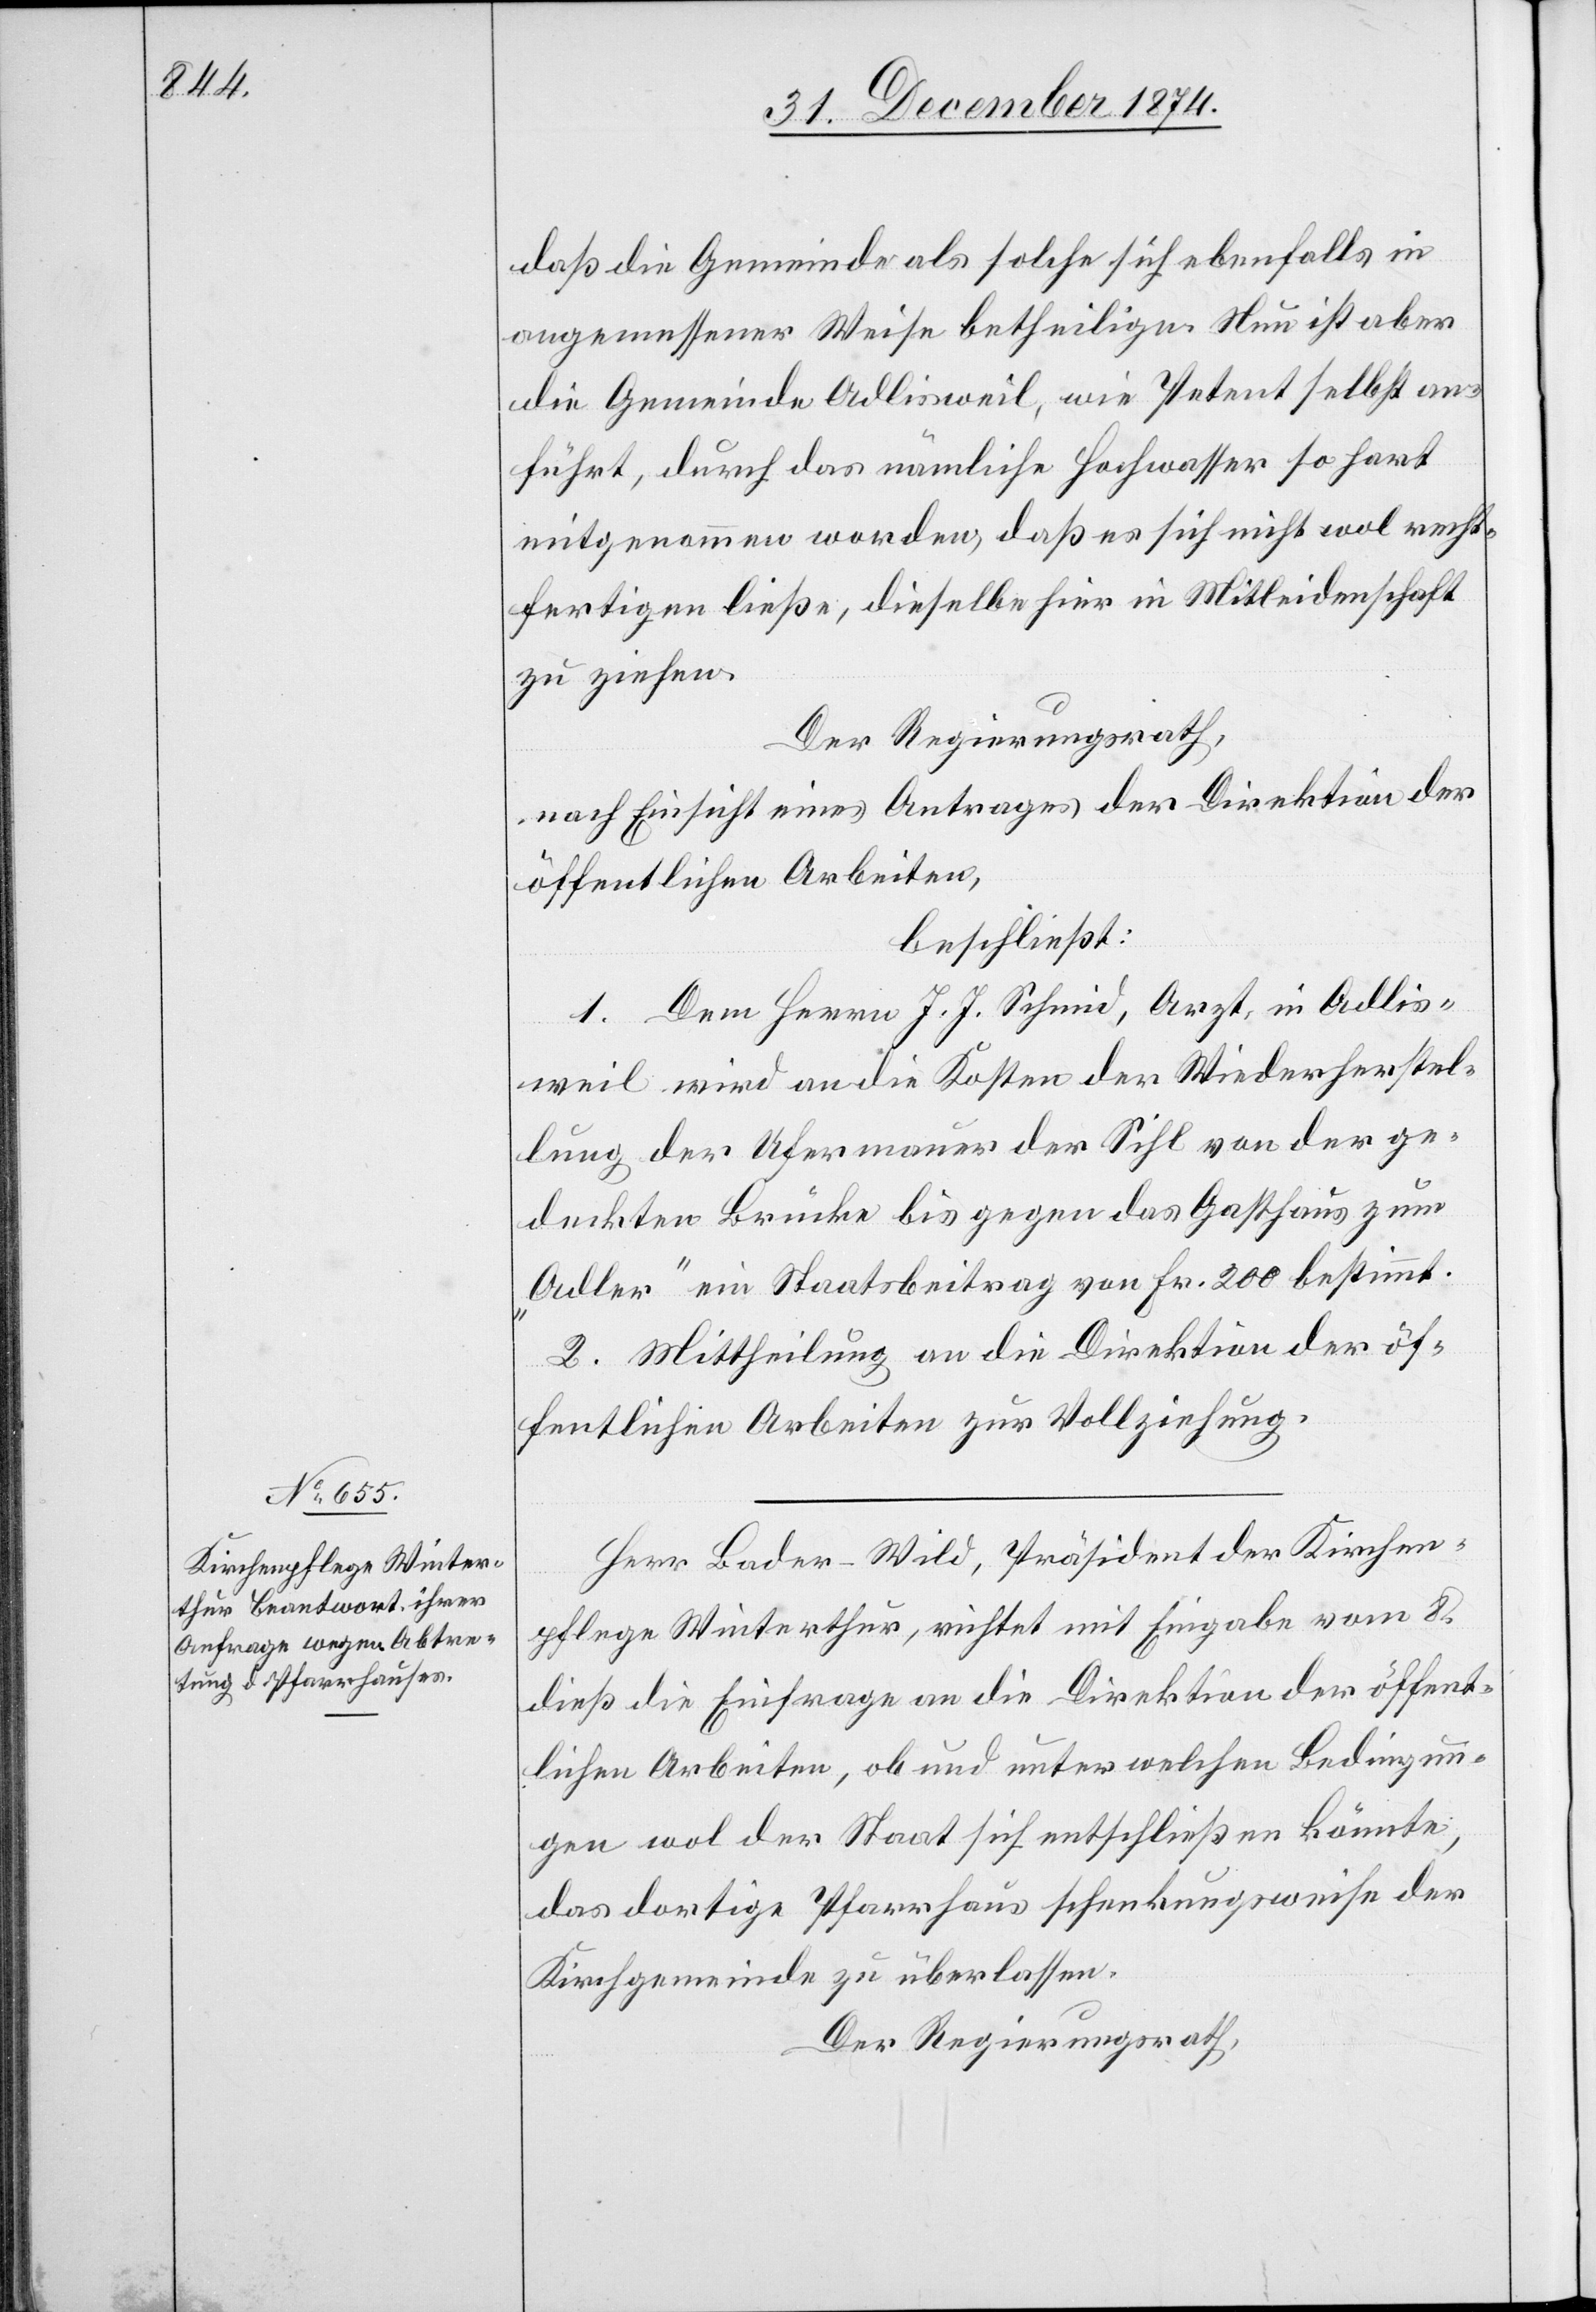
daß die Gemeinde als solche sich ebenfalls in
angemessener Weise betheilige. Nun ist aber
die Gemeinde Adlisweil, wie Petent selbst an¬
führt, durch das nämliche Hochwasser so hart
mitgenommen worden, daß es sich nicht wol recht¬
fertigen ließe, dieselbe hiefür in Mitleidenschaft
zu ziehen.
Der Regierungsrath,
nach Einsicht eines Antrages der Direktion der
öffentlichen Arbeiten,
beschließt:
1. Dem Herrn J. J. Schmid, Arzt, in Adlis¬
weil wird an die Kosten der Wiederherstel¬
lung der Ufermauer der Sihl von der ge¬
deckten Brücke bis gegen das Gasthaus zum
„Adler“ ein Staatsbeitrag von Fr. 200 bestimmt.
2. Mittheilung an die Direktion der öf¬
fentlichen Arbeiten zur Vollziehung.
Herr Bader-Wild, Präsident der Kirchen¬
pflege Winterthur, richtet mit Eingabe vom 8.
dieß die Einfrage an die Direktion der öffent¬
lichen Arbeiten, ob und unter welchen Bedingun¬
gen wol der Staat sich entschließen könnte,
das dortige Pfarrhaus schenkungsweise der
Kirchgemeinde zu überlassen.
Der Regierungsrath,